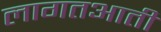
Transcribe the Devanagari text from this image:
लागतआती